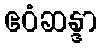
ဧဝံဆန္ဒာ